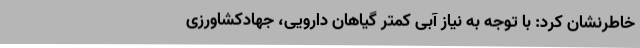
خاطرنشان کرد: با توجه به نیاز آبی کمتر گیاهان دارویی، جهادکشاورزی